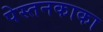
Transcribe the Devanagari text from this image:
पेस्तनकाका